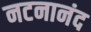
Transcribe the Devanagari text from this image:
नटनानंद